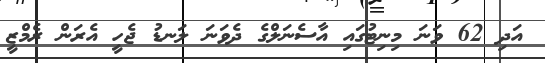
އަދި 62 ވަނަ މިނިޓުގައި އާސެނަލްގެ ދެވަނަ ލަނޑު ޖެހީ އެރަން ރެމްޒީ